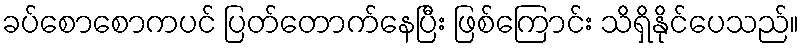
ခပ်စောစောကပင် ပြတ်တောက်နေပြီး ဖြစ်ကြောင်း သိရှိနိုင်ပေသည်။